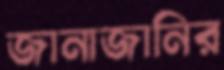
জানাজানির